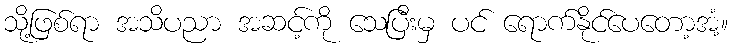
သို့ဖြစ်ရာ အသိပညာ အဆင့်ကို သေပြီးမှ ပင် ရောက်နိုင်ပေတော့အံ့။